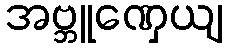
အဗ္ဘူဏှေယျ